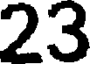
23